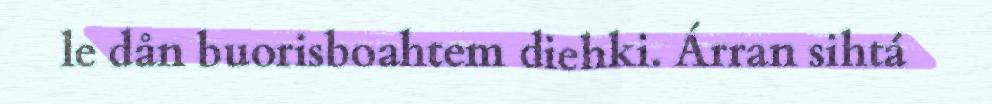
le dån buorisboahtem diehki. Árran sihtá